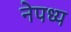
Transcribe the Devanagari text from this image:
नेपध्य